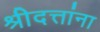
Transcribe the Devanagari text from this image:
श्रीदत्तांना